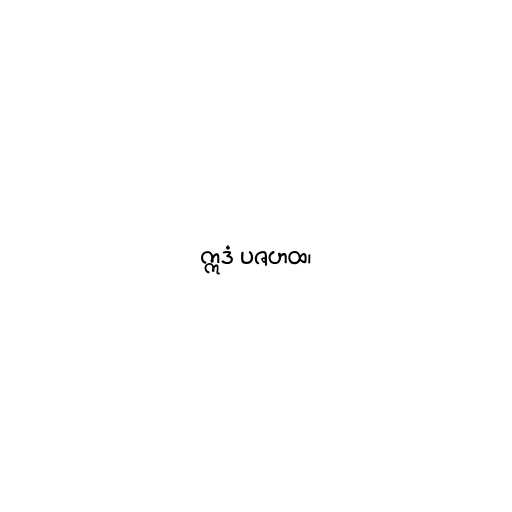
ဣဒံ ပဇဟထ၊